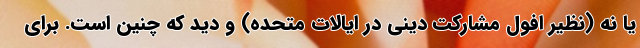
یا نه (نظیر افول مشارکت دینی در ایالات متحده) و دید که چنین است. برای